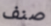
صنف